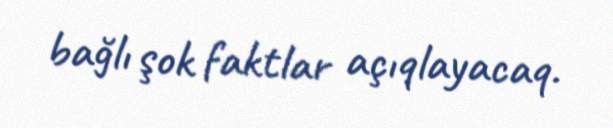
bağlı şok faktlar açıqlayacaq.